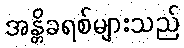
အန္တိခရစ်များသည်